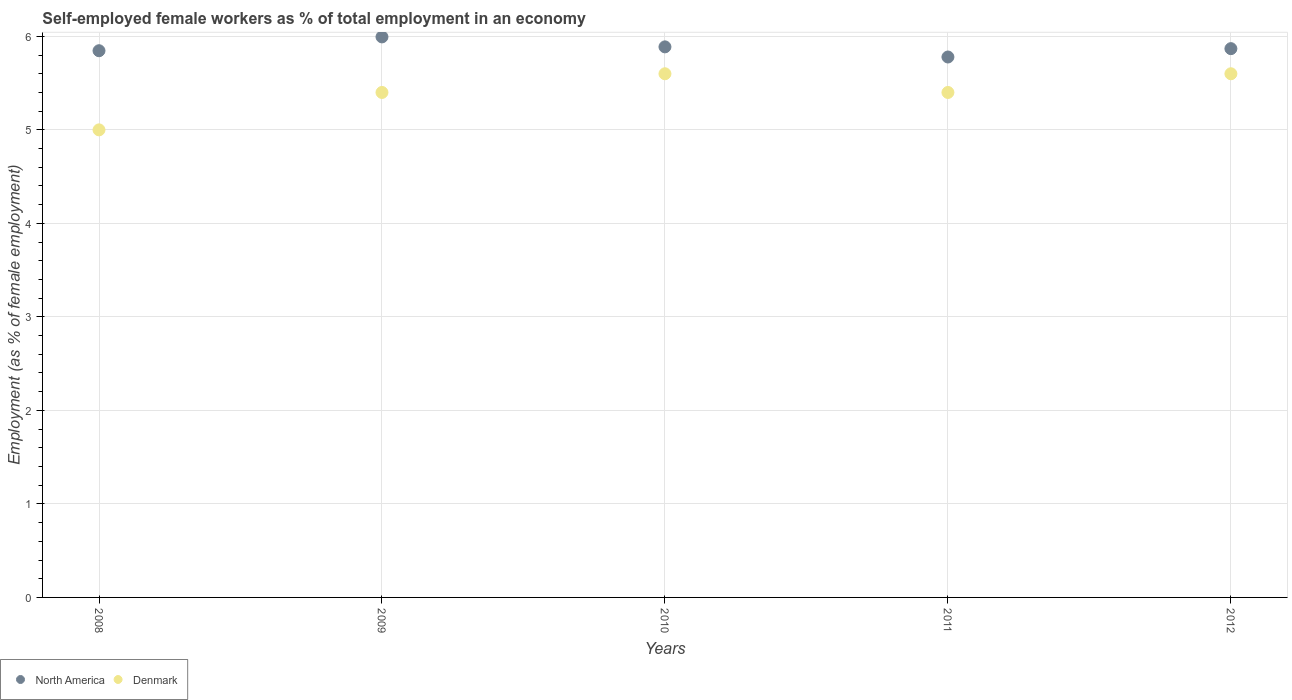
| Years | North America | Denmark |
 | --- | --- | --- |
 | 2008 | 5.85 | 5 |
 | 2009 | 5.99 | 5.4 |
 | 2010 | 5.89 | 5.6 |
 | 2011 | 5.78 | 5.4 |
 | 2012 | 5.87 | 5.6 |